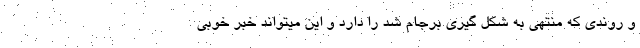
و روندی که منتهی به شکل گیری برجام شد را دارد و این میتواند خبر خوبی